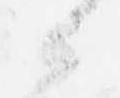
候